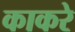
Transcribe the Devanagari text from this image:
काकरे